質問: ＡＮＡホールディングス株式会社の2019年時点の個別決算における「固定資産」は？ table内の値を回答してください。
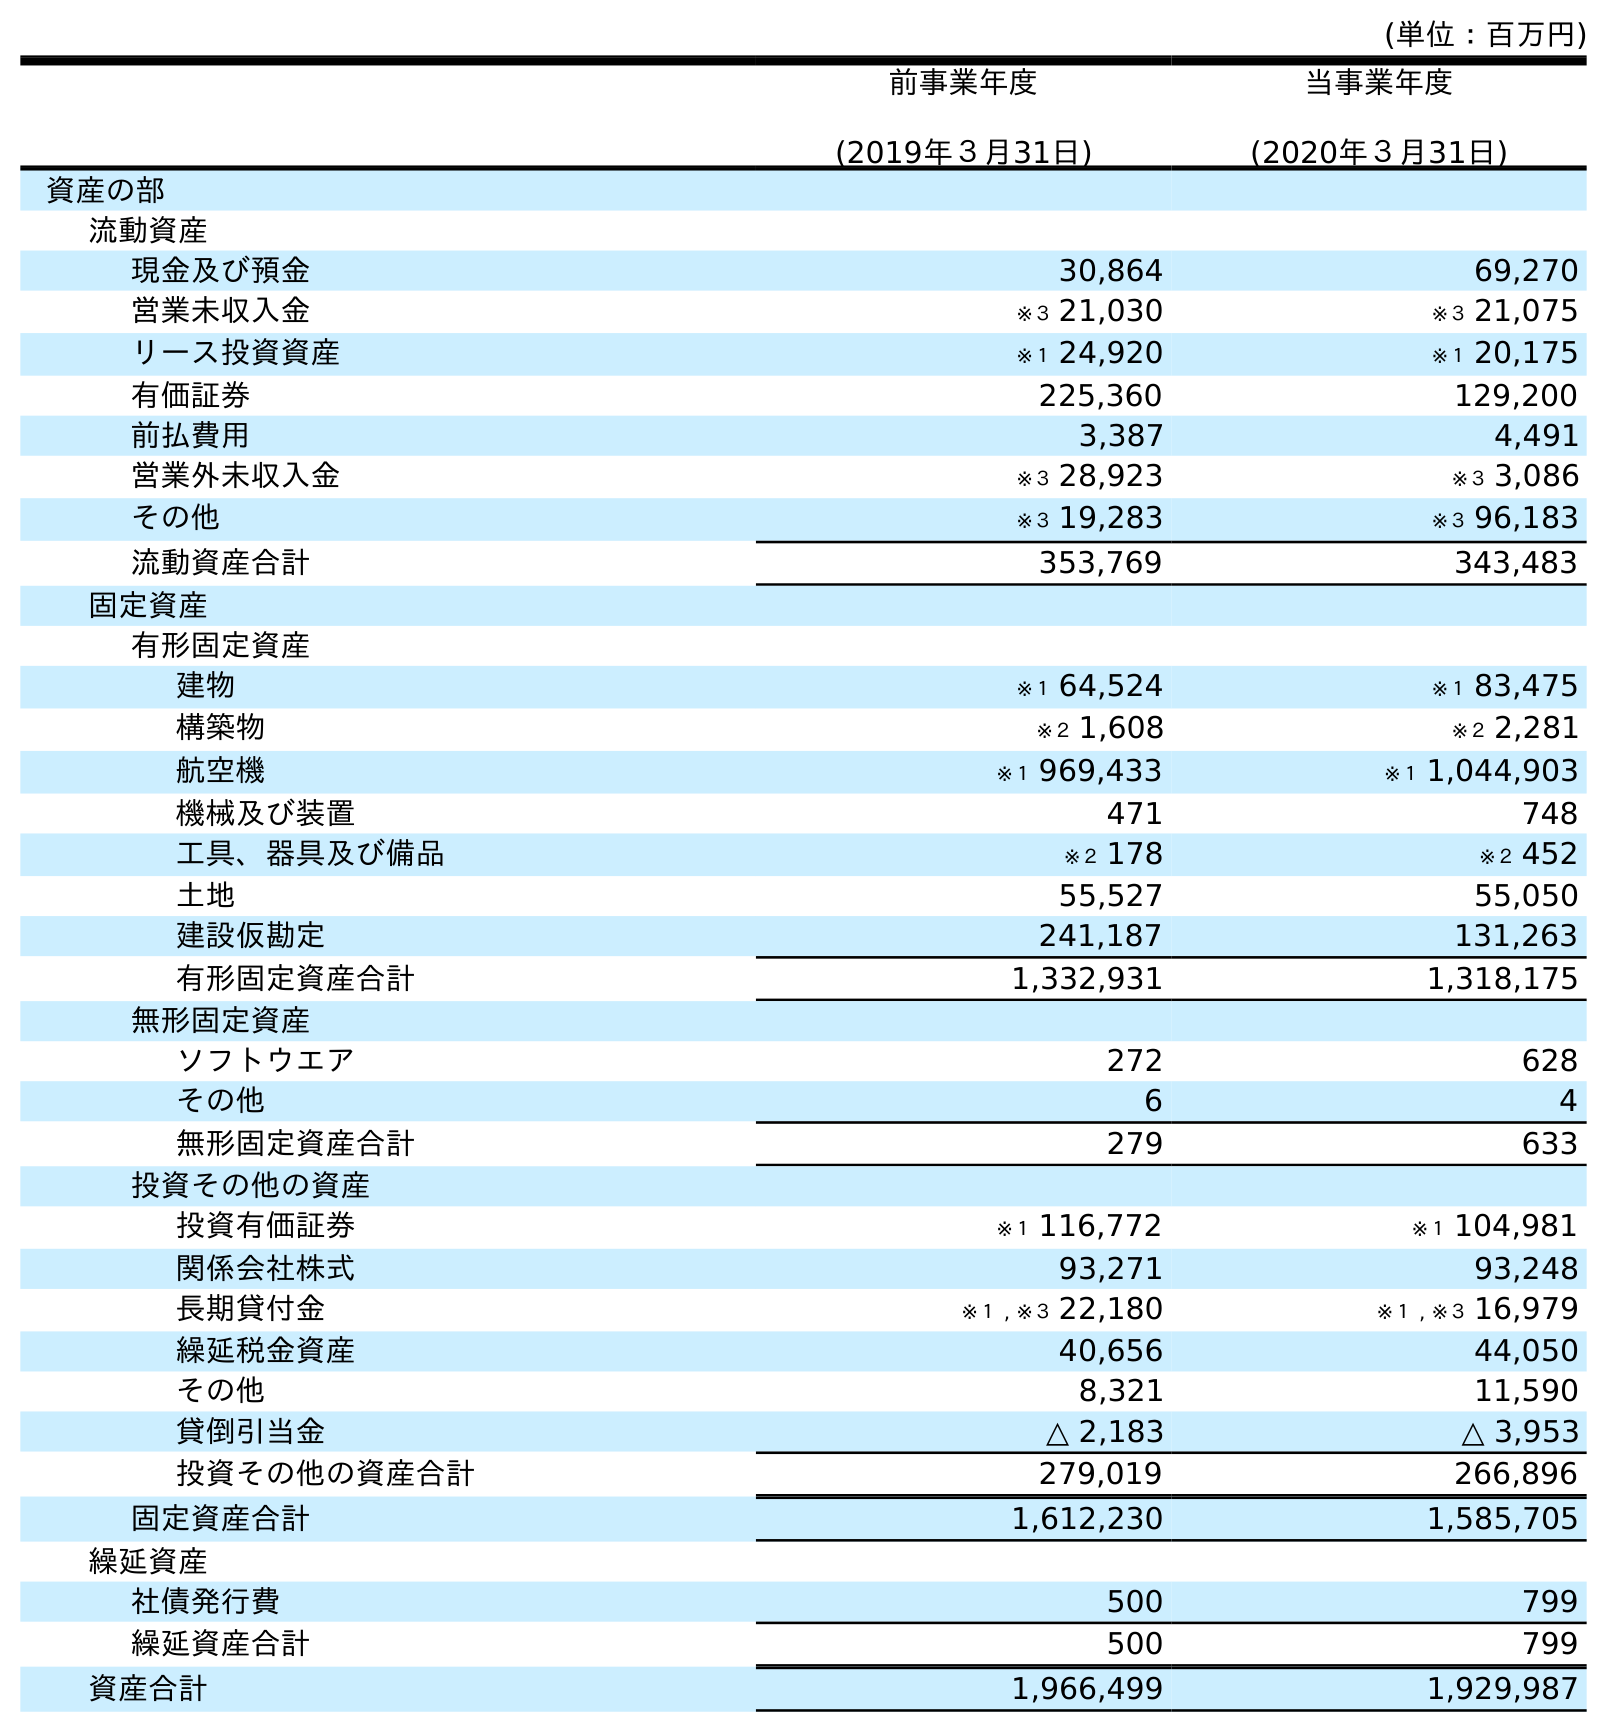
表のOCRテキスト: (単位：百万円) 前事業年度 (2019年３月31日) 当事業年度 (2020年３月31日) 資産の部 流動資産 現金及び預金 30,864 69,270 営業未収入金 ※３ 21,030 ※３ 21,075 リース投資資産 ※１ 24,920 ※１ 20,175 有価証券 225,360 129,200 前払費用 3,387 4,491 営業外未収入金 ※３ 28,923 ※３ 3,086 その他 ※３ 19,283 ※３ 96,183 流動資産合計 353,769 343,483 固定資産 有形固定資産 建物 ※１ 64,524 ※１ 83,475 構築物 ※２ 1,608 ※２ 2,281 航空機 ※１ 969,433 ※１ 1,044,903 機械及び装置 471 748 工具、器具及び備品 ※２ 178 ※２ 452 土地 55,527 55,050 建設仮勘定 241,187 131,263 有形固定資産合計 1,332,931 1,318,175 無形固定資産 ソフトウエア 272 628 その他 6 4 無形固定資産合計 279 633 投資その他の資産 投資有価証券 ※１ 116,772 ※１ 104,981 関係会社株式 93,271 93,248 長期貸付金 ※１ , ※３ 22,180 ※１ , ※３ 16,979 繰延税金資産 40,656 44,050 その他 8,321 11,590 貸倒引当金 △ 2,183 △ 3,953 投資その他の資産合計 279,019 266,896 固定資産合計 1,612,230 1,585,705 繰延資産 社債発行費 500 799 繰延資産合計 500 799 資産合計 1,966,499 1,929,987
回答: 1,612,230